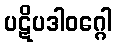
ပဋိပဒါဝဂ္ဂေါ